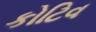
કોટિવ